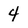
Character: 4